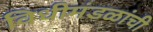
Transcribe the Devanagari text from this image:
विधीमंडळांची